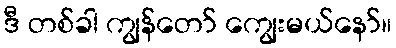
ဒီ တစ်ခါ ကျွန်တော် ကျွေးမယ်နော်။